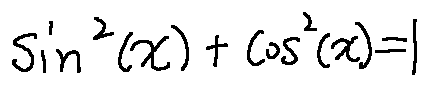
\sin ^ { 2 } ( x ) + \cos ^ { 2 } ( x ) = 1